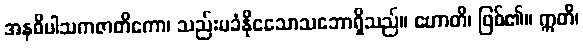
အနဓိပါသကဇာတိကော၊ သည်းမခံနိုငသောသဘောရှိသည်။ ဟောတိ၊ ဖြစ်၏။ ဣတိ၊